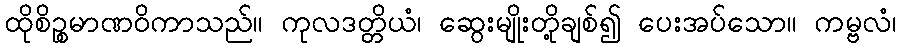
ထိုစိဉ္စမာဏဝိကာသည်။ ကုလဒတ္တိယံ၊ ဆွေးမျိုးတို့ချစ်၍ ပေးအပ်သော။ ကမ္ဗလံ၊